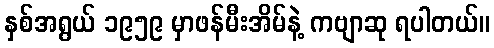
နှစ်အရွယ် ၁၉၅၉ မှာဖန်မီးအိမ်နဲ့ ကဗျာဆု ရပါတယ်။